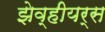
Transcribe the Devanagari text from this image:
झेव्हीयर्स